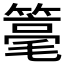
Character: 𱸡